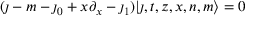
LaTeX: ( \jmath - m - \jmath _ { 0 } + x \partial _ { x } - \jmath _ { 1 } ) | \jmath , t , z , x , n , m \rangle = 0